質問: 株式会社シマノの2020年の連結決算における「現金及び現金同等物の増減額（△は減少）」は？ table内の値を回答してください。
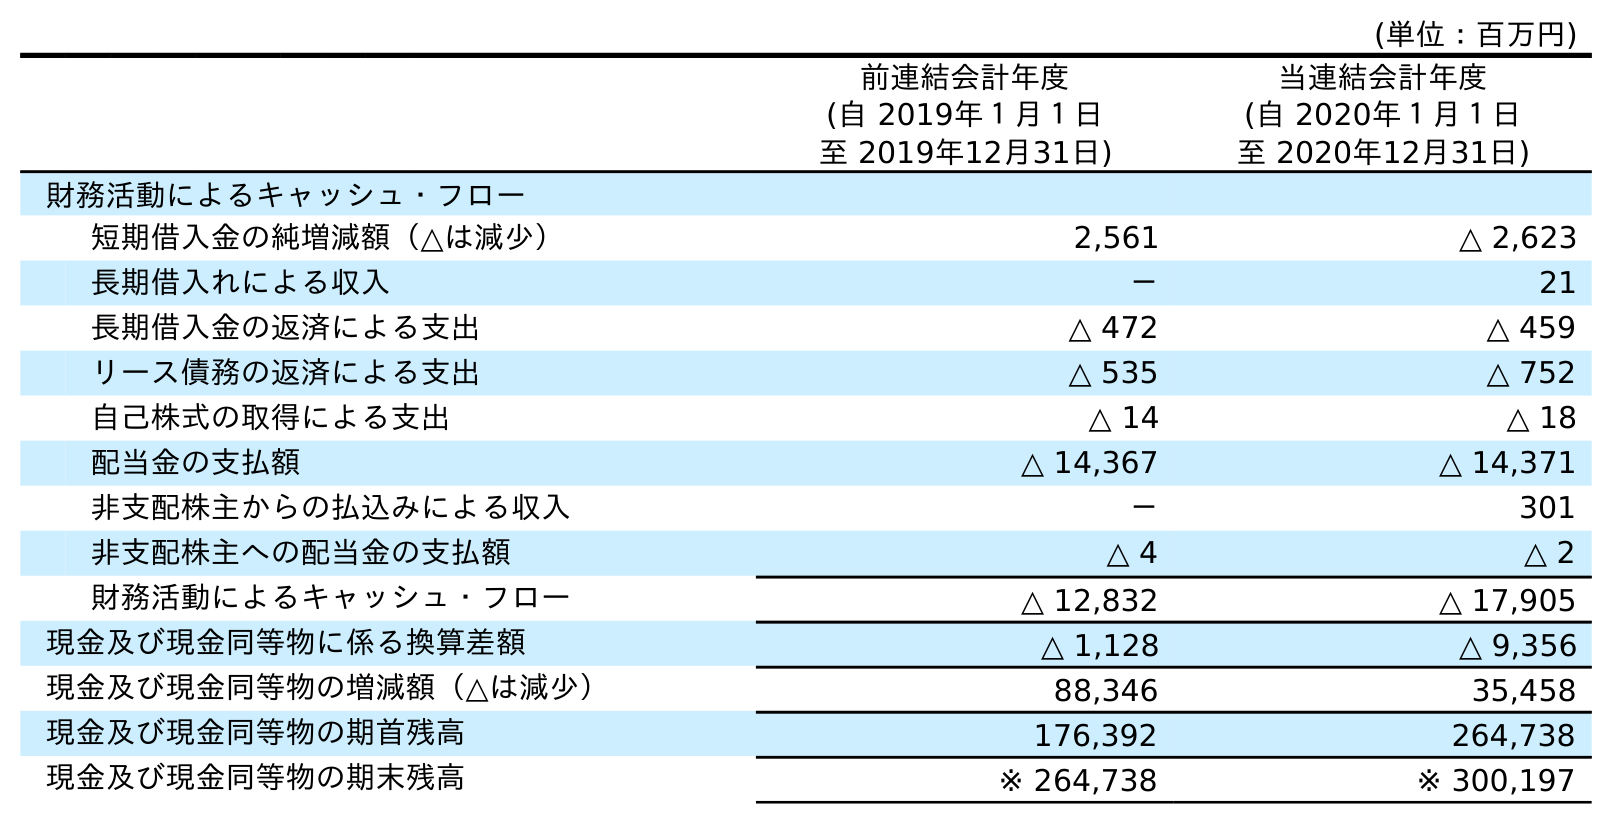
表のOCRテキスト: (単位：百万円) 前連結会計年度 (自 2019年１月１日 至 2019年12月31日) 当連結会計年度 (自 2020年１月１日 至 2020年12月31日) 財務活動によるキャッシュ・フロー 短期借入金の純増減額（△は減少） 2,561 △ 2,623 長期借入れによる収入 － 21 長期借入金の返済による支出 △ 472 △ 459 リース債務の返済による支出 △ 535 △ 752 自己株式の取得による支出 △ 14 △ 18 配当金の支払額 △ 14,367 △ 14,371 非支配株主からの払込みによる収入 － 301 非支配株主への配当金の支払額 △ 4 △ 2 財務活動によるキャッシュ・フロー △ 12,832 △ 17,905 現金及び現金同等物に係る換算差額 △ 1,128 △ 9,356 現金及び現金同等物の増減額（△は減少） 88,346 35,458 現金及び現金同等物の期首残高 176,392 264,738 現金及び現金同等物の期末残高 ※ 264,738 ※ 300,197
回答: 35,458